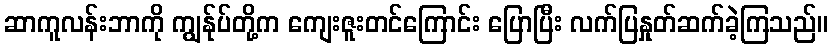
ဆာကူလန်းဘာကို ကျွန်ုပ်တို့က ကျေးဇူးတင်ကြောင်း ပြောပြီး လက်ပြနှုတ်ဆက်ခဲ့ကြသည်။